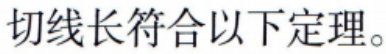
切线长符合以下定理。